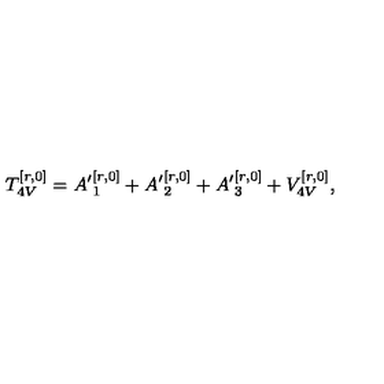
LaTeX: T _ { 4 V } ^ { [ r , 0 ] } = { A ^ { \prime } } _ { 1 } ^ { [ r , 0 ] } + { A ^ { \prime } } _ { 2 } ^ { [ r , 0 ] } + { A ^ { \prime } } _ { 3 } ^ { [ r , 0 ] } + V _ { 4 V } ^ { [ r , 0 ] } ,